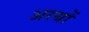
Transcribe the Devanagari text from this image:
अरथों